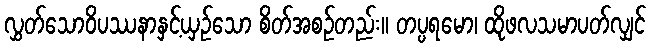
လွှတ်သောဝိပဿနာနှင့်ယှဉ်သော စိတ်အစဉ်တည်း။ တပ္ပရမော၊ ထိုဖလသမာပတ်လျှင်